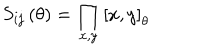
S _ { i j } \left( \theta \right) = \prod _ { x , y } \left[ x , y \right] _ { \theta }